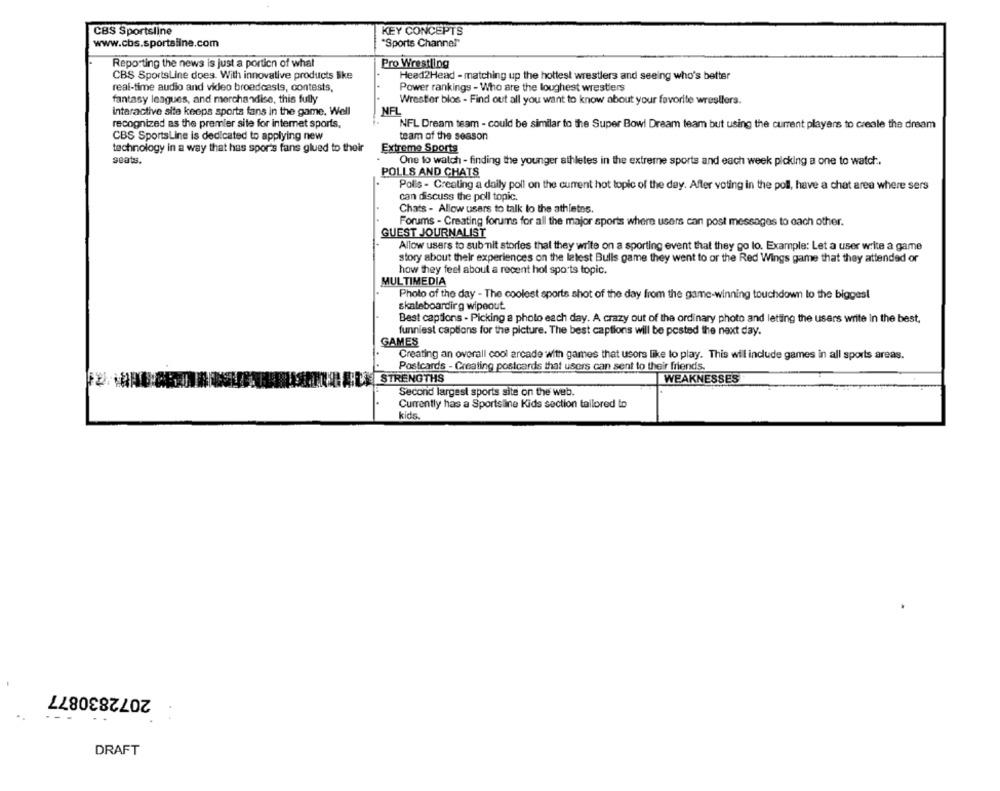
CBS Sportsline
KEY CONCEPTS
www.cbs.sportsline.com
"Sports Channel"
Reporting the news is just a portion of what
Pro Wrestling
CBS SportsLine does. With innovative products like
Heed2Head - matching up the hottest wrestlers and seeing who's better
real-time audio and video broadcasts, contests,
Power rankings - Who are the toughest wrestlers
fantasy leagues, and merchandise, this fully
Wrestler blos - Find out all you want to know about your favorite wrestlers.
interactive site keeps sports fans in the game. Well
NFL
recognized as the premier site for internet sports.
NFL Dream team - could be similar to the Super Bowl Dream team but using the current players to create the dream
CBS SportsLine is dedicated to applying new
team of the season
technology in a way that has spor's fans glued to their
Extreme Sports
seats.
One to watch - finding the younger athletes in the extreme sports and each week picking a one to watch :.
POLLS AND CHATS
Polis - Creating a daily poll on the current hot topic of the day. After voting in the poll, have a chat area where sers
can discuss the poll topic.
Chats - Allow users to talk to the athletes.
Forums - Creating forums for all the major sports where users can post messages to each other.
GUEST JOURNALIST
Allow users to submit stories that they write on a sporting event that they go lo. Example: Let a user write a game
story about their experiences on the latest Bulls game they went to or the Red Wings game that they attended or
how they feel about a recent hol sports topic.
MULTIMEDIA
Photo of the day - The coolest sports shot of the day from the game-winning touchdown to the biggest
skateboarding wipeout
Best captions - Picking a photo each day. A crazy out of the ordinary photo and letting the users write In the best,
funniest captions for the picture. The best captions will be posted the next day.
GAMES
Creating an overall cool arcade with games that usors like to play. This will include games in all sports areas.
Postcards - Creating postcards that users can sent to their friends.
STRENGTHS
WEAKNESSES
Second largest sports site on the web.
Currently has a Sportsline Kids section tailored to
kids.
2072830877
DRAFT